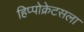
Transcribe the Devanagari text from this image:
हिप्पोक्रेटसला